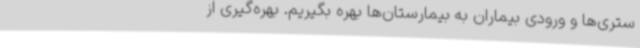
ستری‌ها و ورودی بیماران به بیمارستان‌ها بهره بگیریم. بهره‌گیری از